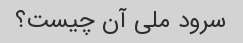
سرود ملی آن چیست؟